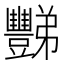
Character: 豒